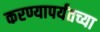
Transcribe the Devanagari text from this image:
करण्यापर्यंतच्या